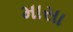
માસા